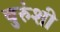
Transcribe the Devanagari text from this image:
बुरुंशी